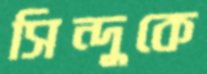
সিন্দুকে